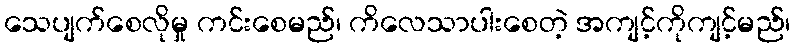
သေပျက်စေလိုမှု ကင်းစေမည်၊ ကိလေသာပါးစေတဲ့ အကျင့်ကိုကျင့်မည်၊